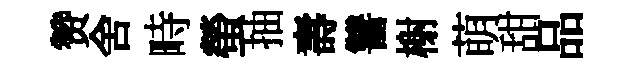
赞舍畤螢抽壽讐榭萌甜品